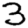
Digit: 3